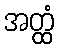
အတ္ထံ